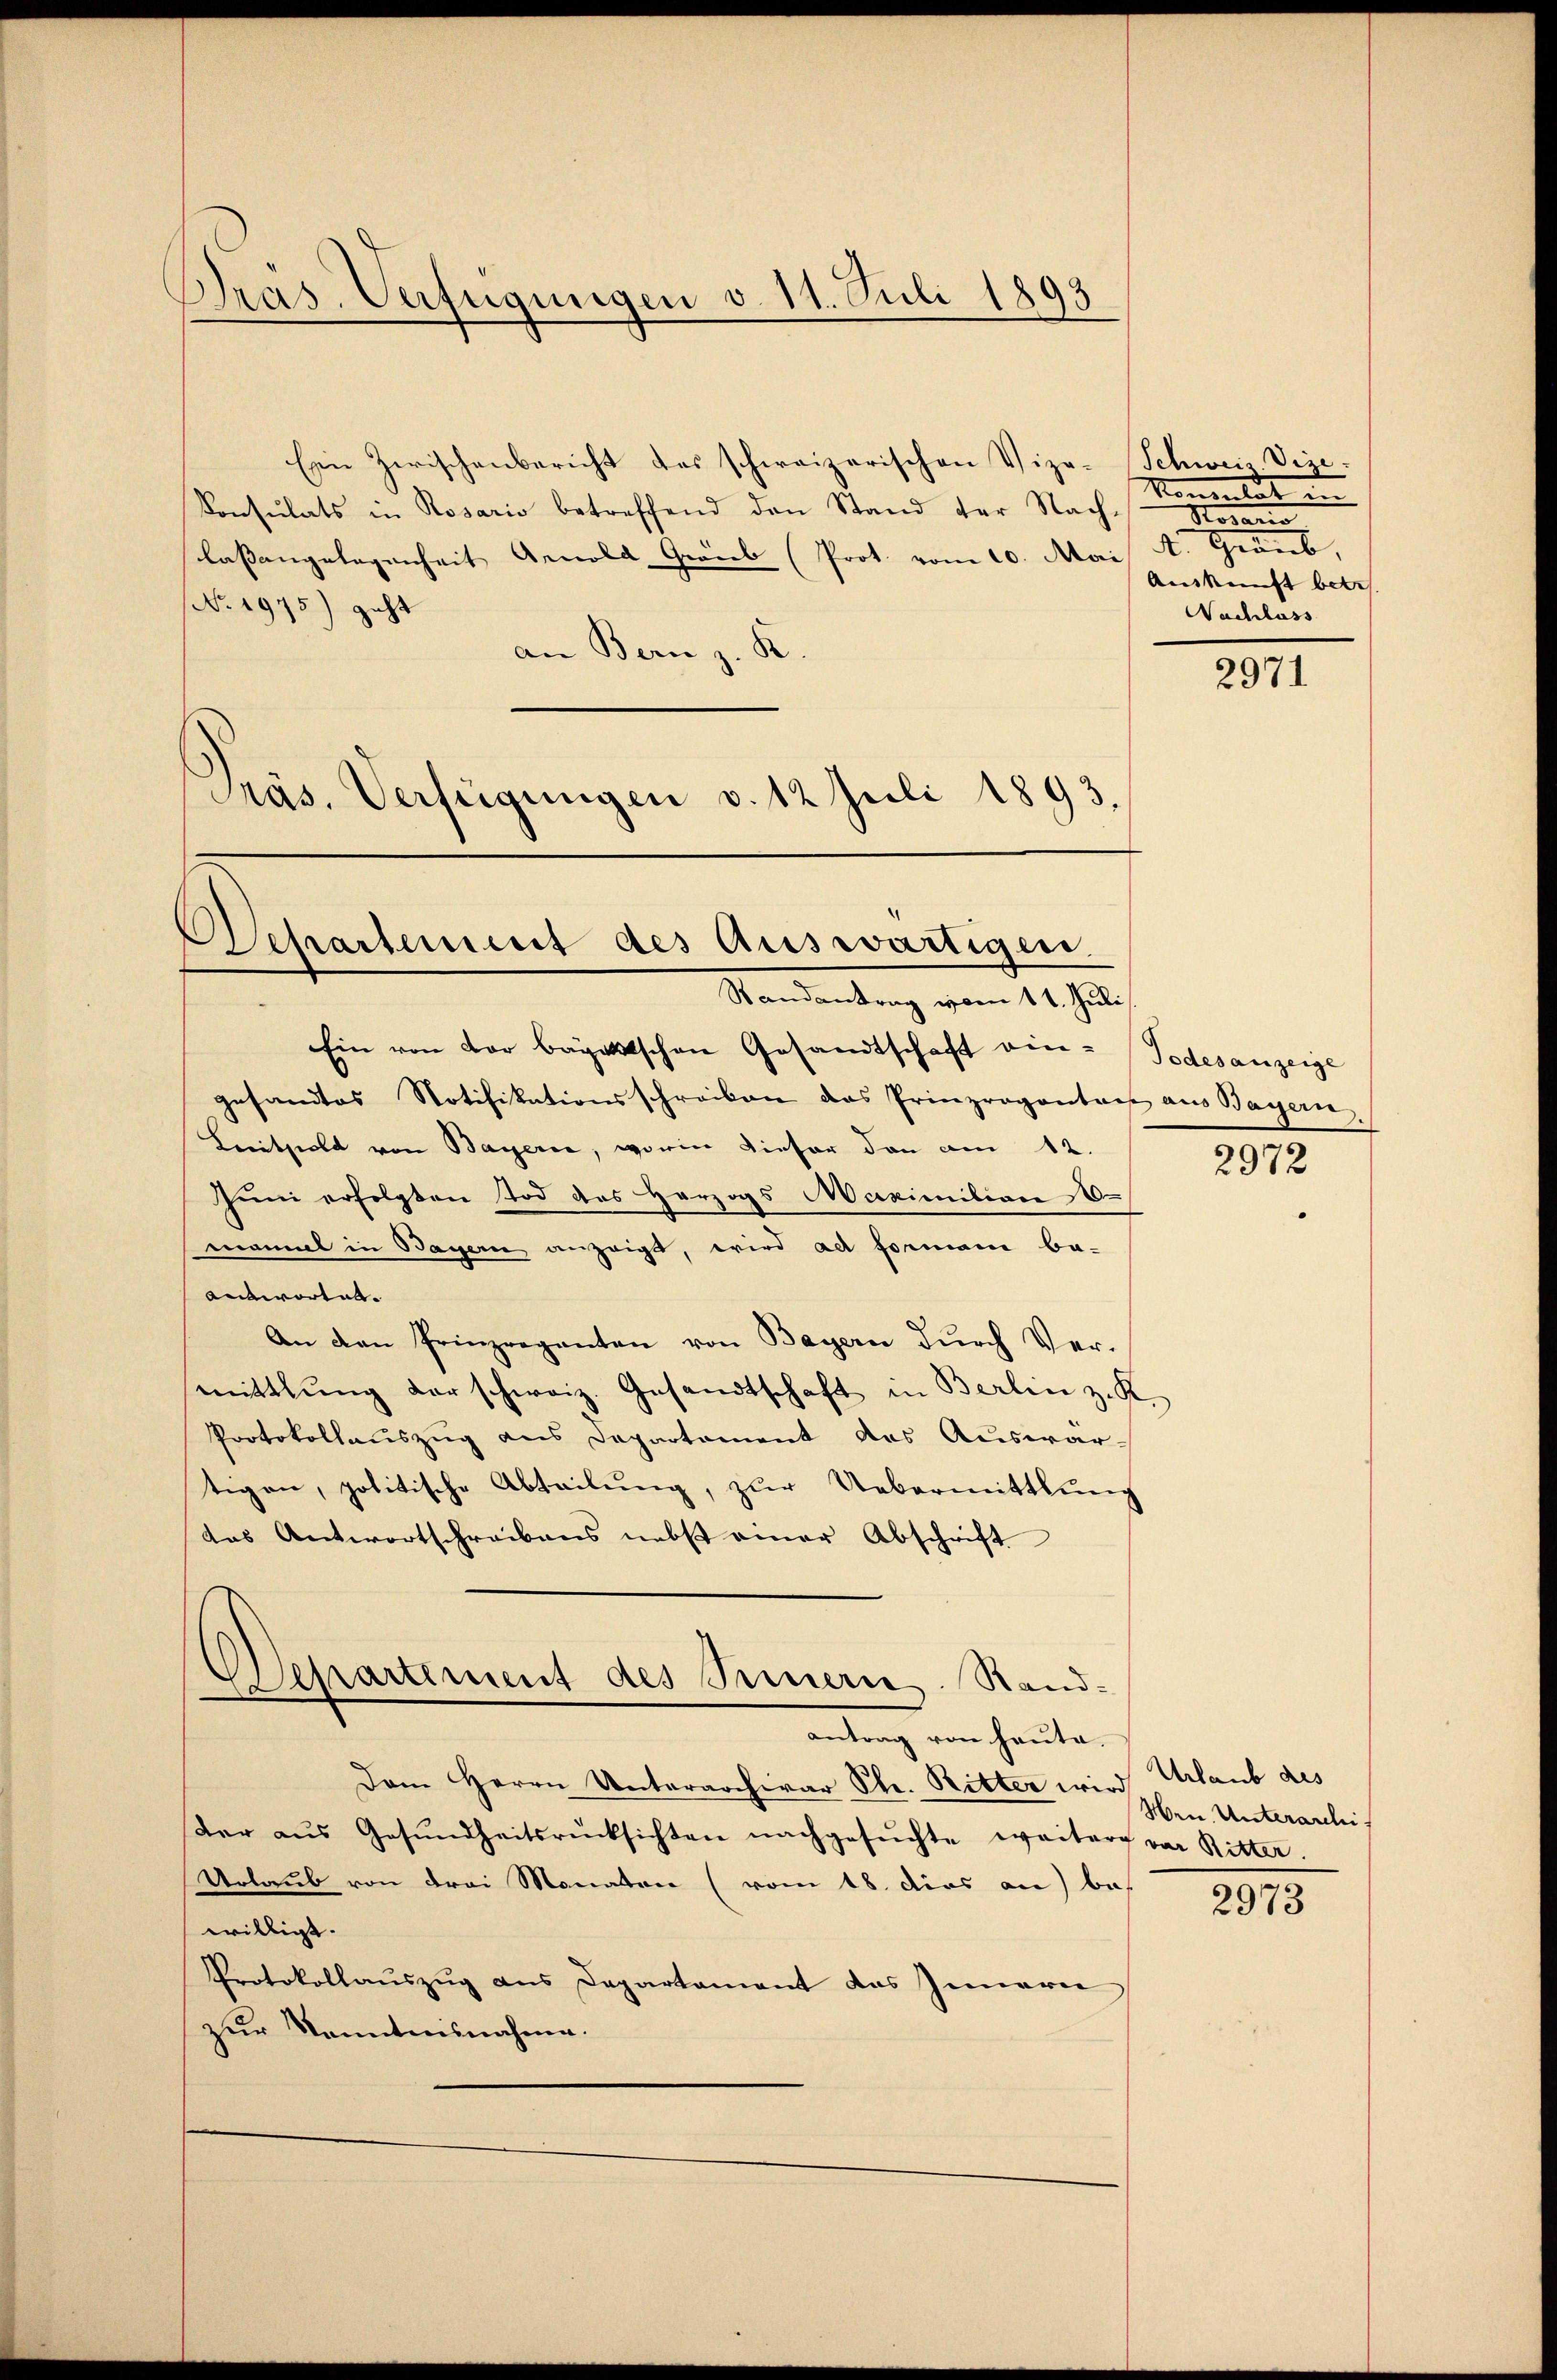
Präs. Verfügungen v. 11. Juli 1893

Ein Zwischenbericht das schweizerischen Vize-Schweis. Vize-
Konsulats in Rosario betreffend den Stand der Nach-
laßangelegenheit Arnold Gerieb (Prot. vom 10. Mai d.
No. 1975) geht
an Bern z. B.
Präs. Verfügungen v. 12 Juli 1893.

)
Departement des Auswärtigen
Randantrag vom 11. Juli

Ein von der bayettschen Gesandtschaft ein- Todesanzeige
gesandtes Notifikationsschreiben das Prinzrogontait aus Bayern
Leitzielt von Bayerne, worin dieser den am 12.
Juni erfolgten Tod des Herzogs Maximilian 1
monnel in Bayern anzeigt, wird alt formani be-
anwortet. |
An den Prinzreganten von Bayern dŭrch Vermittlung der schweiz. Gesandtschaft in Berlin z. K.
Protokollauszug aus Departement des Auswartigen, politische Abteilŭng, zŭr Uebermittlung
das Antwortschreibens nebst einer Abschrift

Departement des Innern. Stand-
antrag von heute.

Dem Herrn Unterarchivar Str. Ritter wird Urlaub des
ter aŭs Gesŭndheitsrücksichten nachgesŭchte weiter vor Ritter.
Urlaub von Frei Monaten (vom 18. dies an be
willigt.
Protokollauszug aus Departament das Innern
zur Kenntnisnahme.

Kommelt in
e
Auskunft betr.
Nachlass

2971

2972

Wen Unterarchi

2973